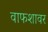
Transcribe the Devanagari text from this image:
वाफशावर